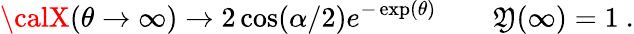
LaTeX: {\calX}(\theta\to\infty)\to2\cos(\alpha/2)e^{-\exp(\theta)}\qquad{\cal\mathfrak{Y}}(\infty)=1\ .